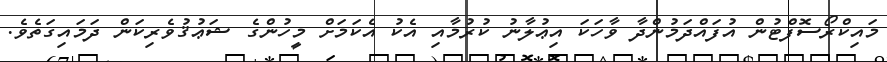
މައިކްރޯސޮފްޓުން އުފައްދަމުންދާ ވާހަކަ އިޢުލާނު ކުރުމާއި އެކު އެކަމަށް މީހުންގެ ޝަޢުޤުވެރިކަން ދަމައިގަތެވެ.